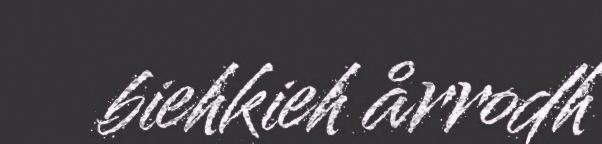
biehkieh årrodh